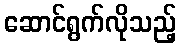
ဆောင်ရွက်လိုသည့်